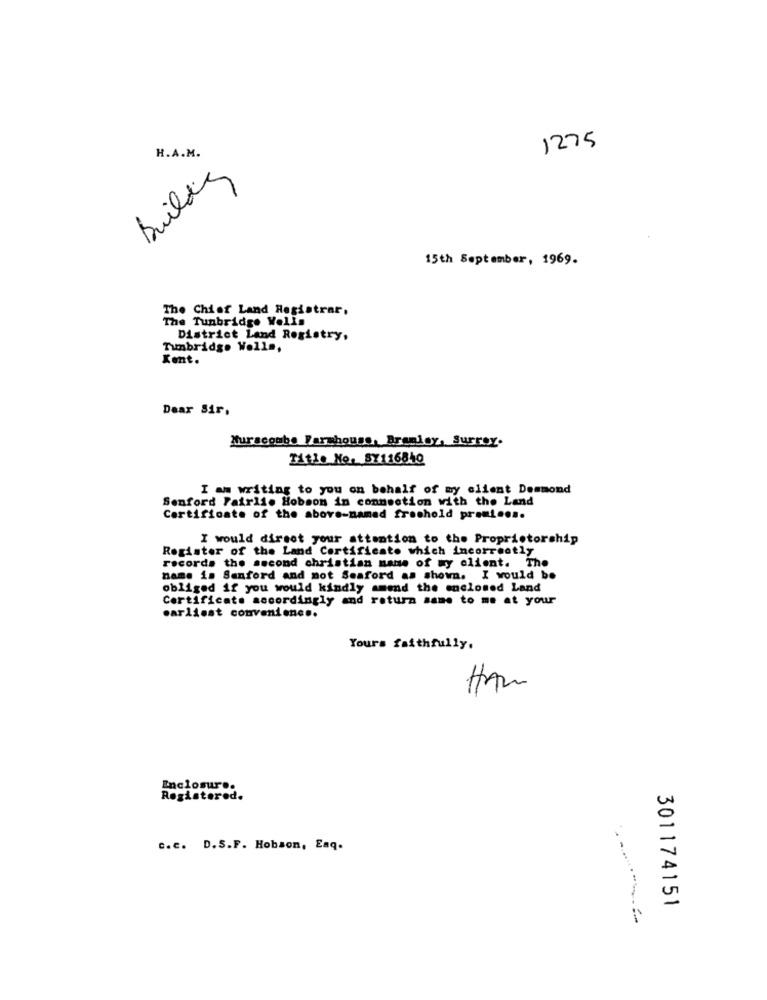
1275
H.A.M.
Building
15th September, 1969.
The Chief Land Registrar.
The Tunbridge Wells
District Land Registry.
Tunbridge Wells,
Kent.
Dear Sir.
Murscombe Farmhouse, Arealer, Surrey-
Title No. 5Y116840
I am writing to you on behalf of my client Desmond
Senford Fairli. Hobson in connection with the Land
Certificate of the above-named fromhold presi.es.
I would dirset your attention to the Proprietorship
Register of the Land Certificato which incorrectly
records the second christian name of my client. The
name is Sanford and not Seaford as shown. I would be
obliged if you would kindly amend the enclosed Land
Certificate accordingly and return same to me at your
earliest convenience.
Yours faithfully,
HAN
Inclosures
Registered.
c.c. D.S.F. Hobson, Enq.
301174151